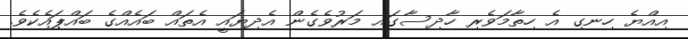
އިއްޔެ ހިނގި އެ ހިތާމަވެރި ހާދިސާގައި މަރުވެގެން އެދިޔައީ އެތައް ބައެއްގެ ބައްޕައެކެވެ.